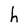
Character: h